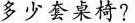
多少套桌椅?